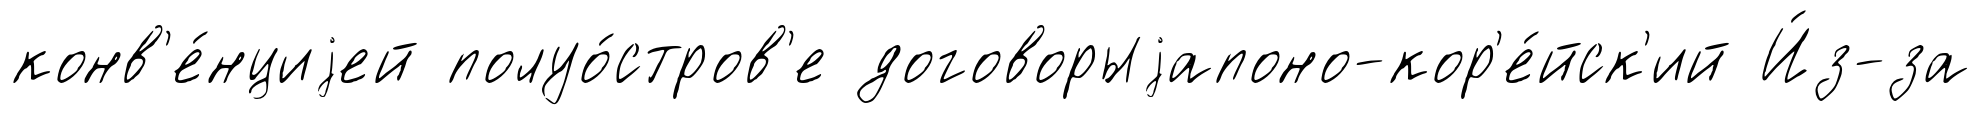
конв'е́нциjей полуо́стров'е договорыjапоно-кор'е́йск'ий И́з-за